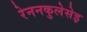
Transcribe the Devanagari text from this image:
रेननकुलेसेइ